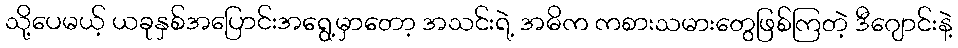
သို့ပေမယ့် ယခုနှစ်အပြောင်းအရွေ့မှာတော့ အသင်းရဲ့ အဓိက ကစားသမားတွေဖြစ်ကြတဲ့ ဒီဂျောင်းနဲ့